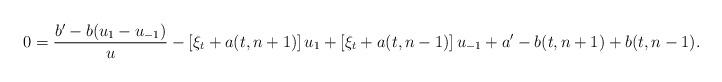
LaTeX: \begin{align*}0=\frac{b'-b(u_1-u_{-1})}{u}-\left[\xi_t+a(t,n+1)\right]u_1+\left[\xi_t+a(t,n-1)\right]u_{-1}+a'-b(t,n+1)+b(t,n-1).\end{align*}